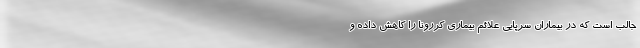
جالب است که در بیماران سرپایی علائم بیماری کررونا را کاهش داده و